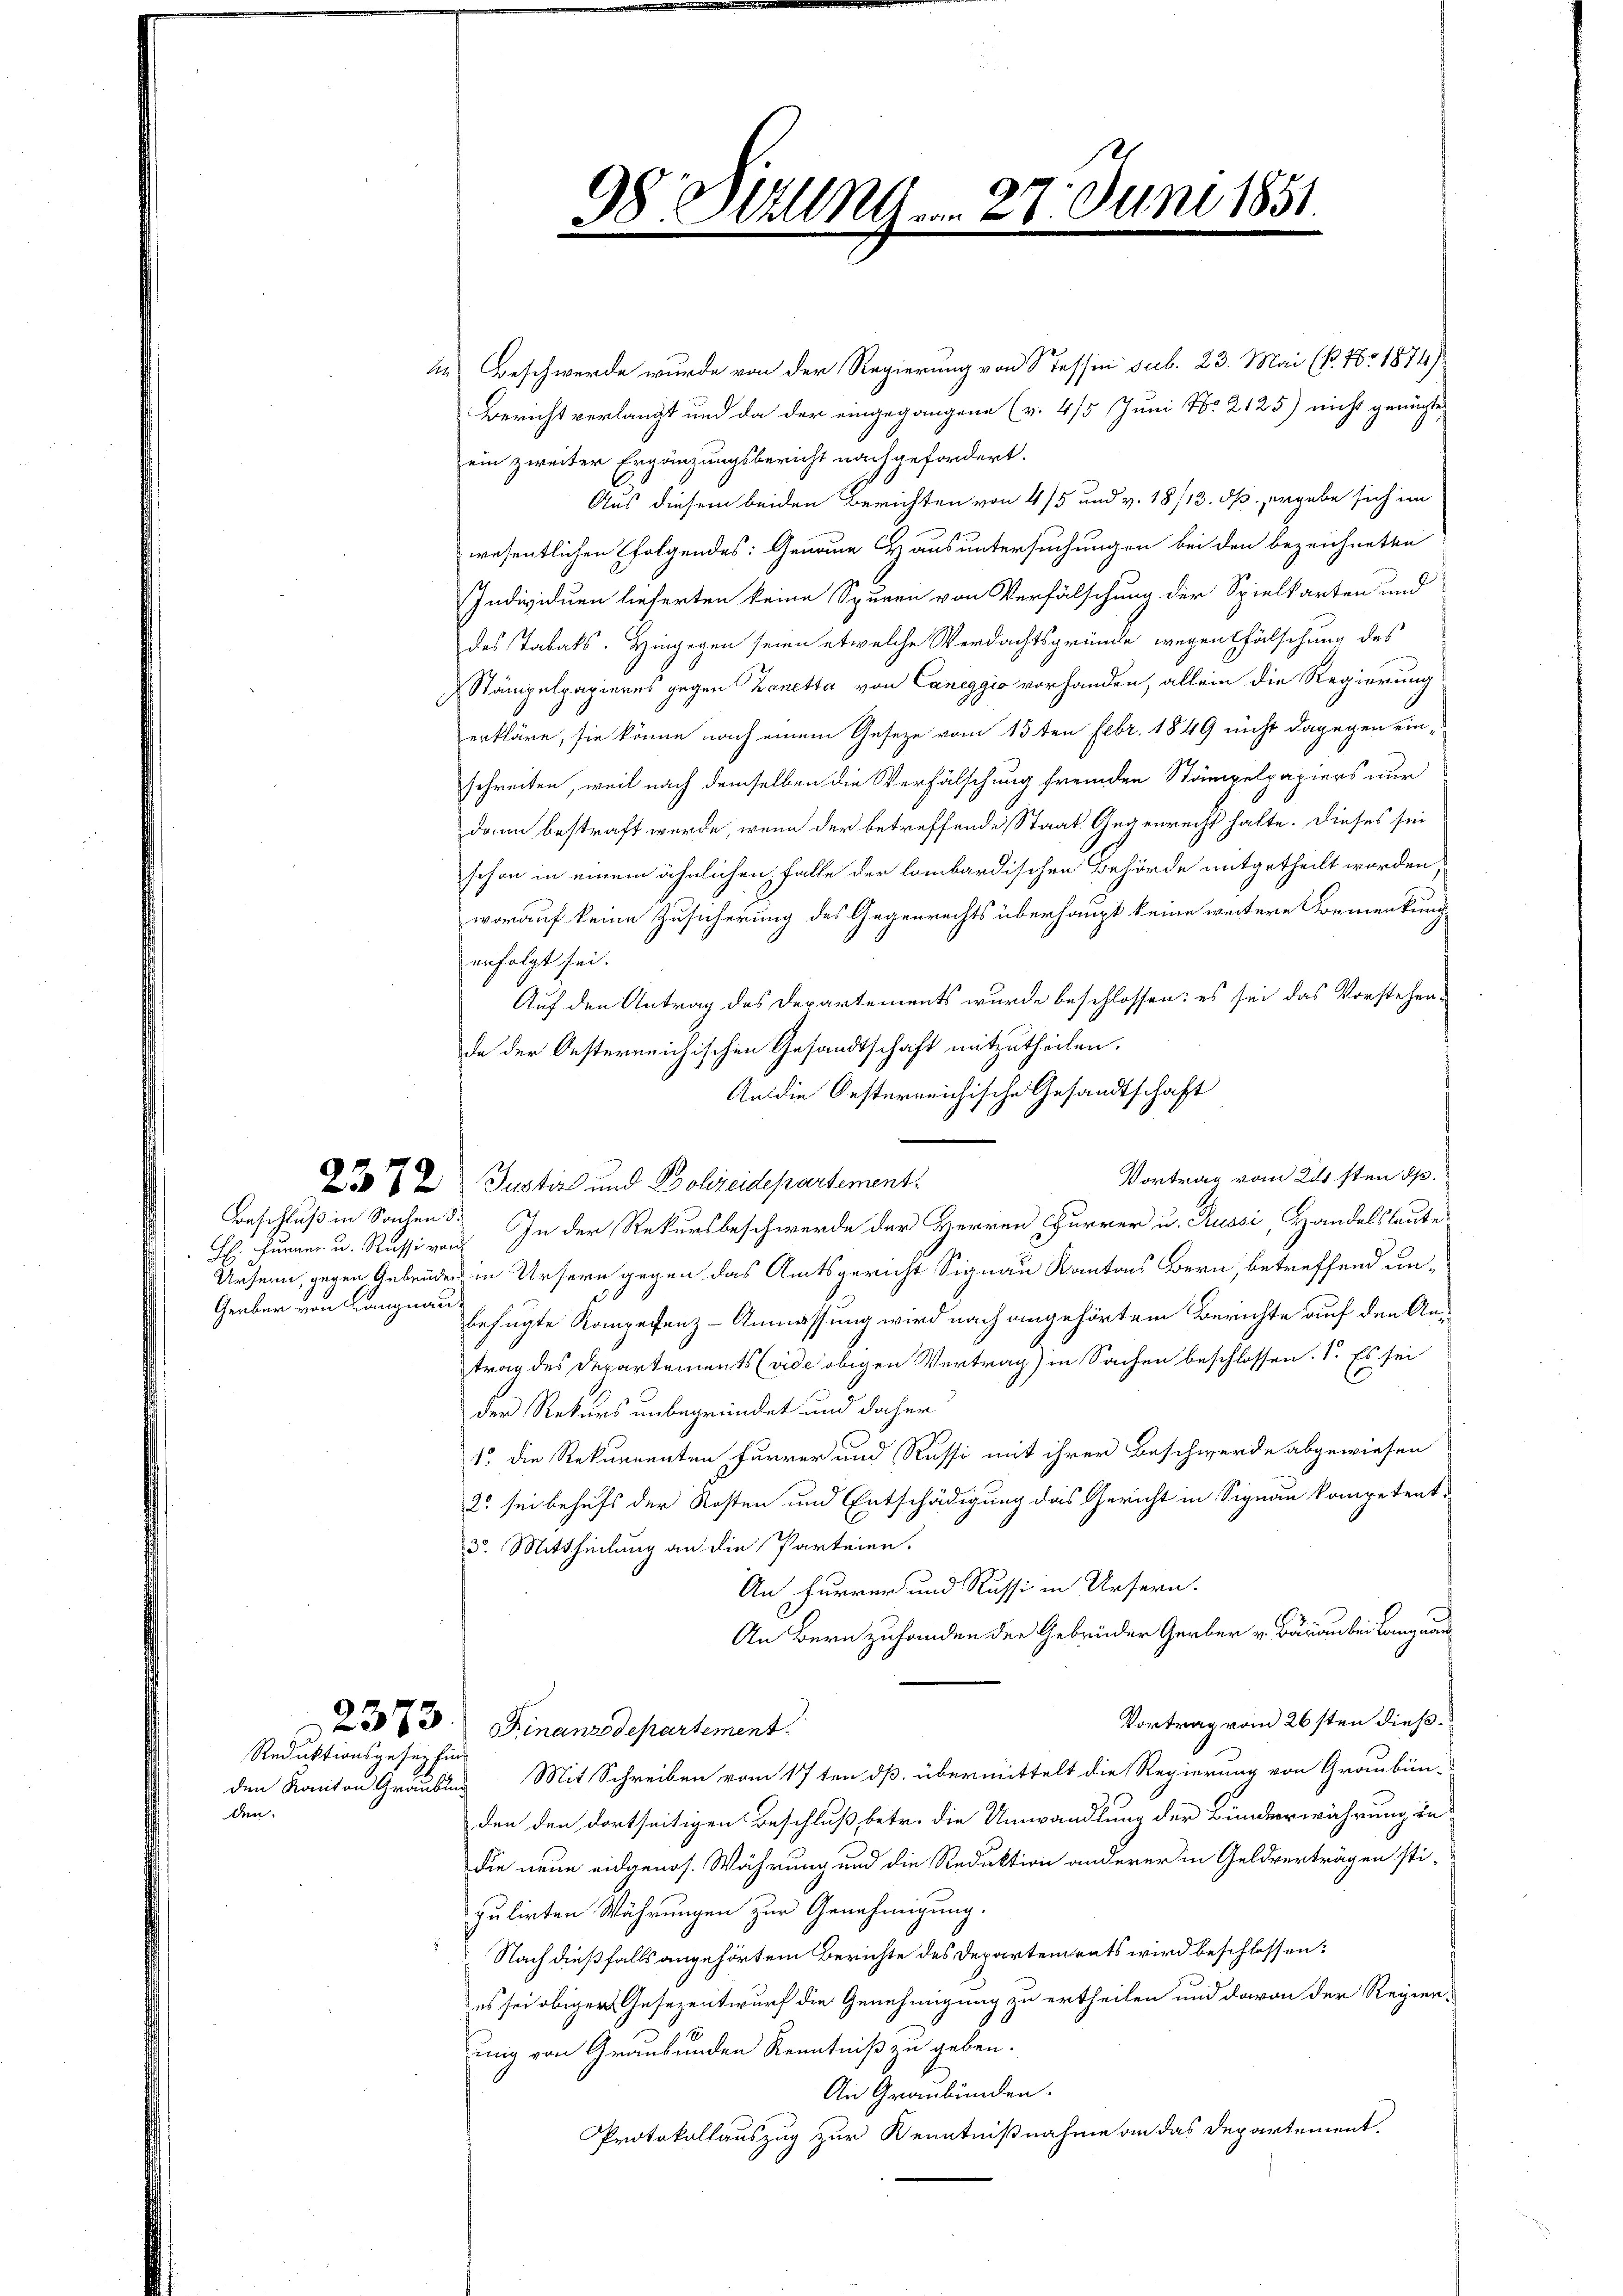
: Furner u. Russi von
Graber von Langnau

den.

Reduktionsgesez find

in Beschwerde wurde von der Regierung von Tessin sub. 23. Mai (P. Nr. 1874)
Bericht verlangt und da der eingegangene (v. 4/5 Juni No 2125) nicht gemachte
ein zweiter Ergänzungsbericht nachgefordert.
Aus diesem beiden Berichten von 4/5 und v. 18/13. dß ergebe sich im
wesentlichen folgendes: Genaue Haus untersuchungen bei den bezeichneten
Individuen lieferten keine Spuren von Verfälschung der Spielkarten und
des Tabaks. Hingegen seien etwelche Verdachtsgründe wegen fälschung des
Stämpelpapieres gegen Zanetta von Caneggio vorhanden, allein die Regierung
erkläre, sie könne nach einem Geseze vom 15ten Febr. 1849 nicht dagegen einschreiten, weil nach demselben die Verfälschung fremden Stämpelpapiers nur
dann bestraft werde, wenn der betreffende Staat. Gegenrecht halte. Dieses sei
schon in einem ähnlichen Falle der lombardischen Behörde mitgetheilt worden,
worauf keine Zusicherung des Gegenrechts überhaupt keine weitere Vormenkung
enfolgt sei.
Auf den Antrag des Departements wurde beschlossen: es sei das Vorstehen-
de der Oesterreichischen Gesandtschaft mitzutheilen.
An die Oesterreichische Gesandtschaft
Vortrag vom 24sten pp.
272 Justiz und Bolizeidepartement.
Beschluß in Sachen. In der Rekursbeschwerde der Herren Furrer u. Russi, Handelsleute
Ursern, gegen Gebrüder in Ursern gegen das Amtsgericht Signau Kantons Bern, betreffend unbefugte Kompetenz-Anmassung wird nach angehörtem Berichte auf den Antrag des Departements (vide obigen Vertrag) in Sachen beschlossen: 1. Es sei
der Rekurs unbegründet und daher
15. die Rekurrenten Furrer und Russi mit ihrer Beschwerde abgewiesen
2. sei behufs der Kosten und Entschädigung das Gericht in Signau kompetent
3. Mittheilung an die Parteien.
An Furrer und Russi in Ursern.
An Bern zuhanden der Gebrüder Gerber v. Bärauber Langnau
Vortrag vom 26sten dieß
2373. Finanzdepartement.
den Kanton Grauburg Mit Schreiben vom 17ten dß. übermittelt die Regierung von Graubün-
den den dortseitigen Beschluß betr. die Umwandlung der Bunderwährung in
die neue eidgenos. Währung und die Reduktion anderer in Geldverträgen stigulirten Währungen zur Genehmigung.
Nach dießfalls angehörtem Berichte des Departements wird beschlossen:
es sei obiger Gesezentwurf die Genehmigung zu ertheilen und davon der Regier-
ung von Graubünden Kenntniß zu geben.
An Graubünden.
Protokollauszug zur Kenntnißnahme an das Departement.

9
98 Willem 21. Juni 1851
e